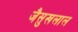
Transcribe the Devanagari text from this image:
जैसुखलाल